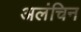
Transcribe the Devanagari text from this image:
अलंचिन